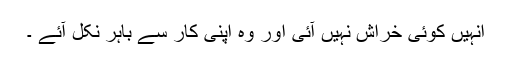
انہیں کوئی خراش نہیں آئی اور وہ اپنی کار سے باہر نکل آئے ۔